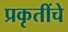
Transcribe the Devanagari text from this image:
प्रकृतींचे